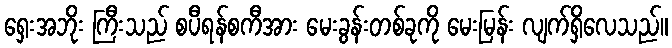
ရှေးအဘိုး ကြီးသည် စပီရန်စကီအား မေးခွန်းတစ်ခုကို မေးမြန်း လျက်ရှိလေသည်။